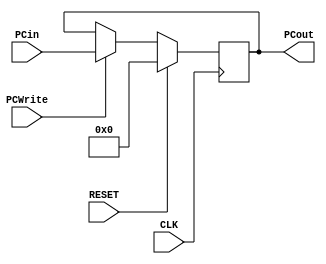
`timescale 1ns / 1ps
//////////////////////////////////////////////////////////////////////////////////
// Company: 
// 
// Design Name: 
// Module Name:     PROGRAM COUNTER
// Project Name: 

// Revision: 
// Revision 0.01 - File Created
// Additional Comments: 
//////////////////////////////////////PC MODULE//////////////////////////////////////////////
module MIPS_PC(
	input   CLK,			//INPUT CLOCK
	input   RESET,			//INPUT RESET
	input	PCWrite,
	input 	[31:0] PCin,		//PC INPUT
	output	reg [31:0] PCout	//PC OUT
);
	
	always @(posedge CLK)
	begin 
		//ON RESET PC = 0
		if (RESET == 1'b1)
		begin
			PCout <= 32'b0; 
		end
		//IF PCWrite ==0 Stall the pipeline
		else if(PCWrite == 1'b0) begin
			PCout <= PCout;
		end
		//If PCWrite != 0 then PCout <- PCin
		else
		begin
			PCout <= PCin;
		end
	end

	
endmodule